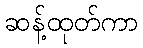
ဆန့်ထုတ်ကာ